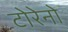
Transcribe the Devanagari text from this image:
टोरेनो